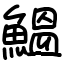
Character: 鰮